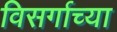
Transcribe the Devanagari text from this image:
विसर्गाच्या